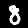
Label: 8